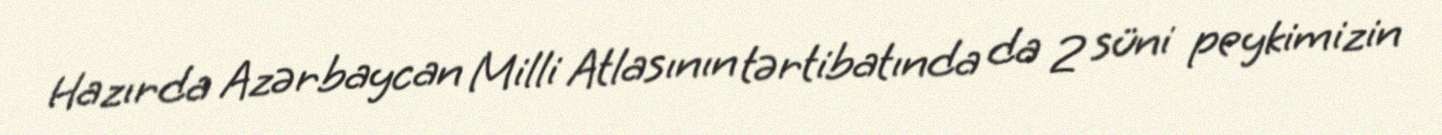
Hazırda Azərbaycan Milli Atlasının tərtibatında da 2 süni peykimizin